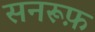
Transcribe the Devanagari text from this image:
सनरूफ़